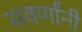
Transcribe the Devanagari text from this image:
सवर्णांनी